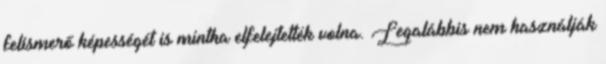
felismerő képességét is mintha elfelejtették volna. Legalábbis nem használják